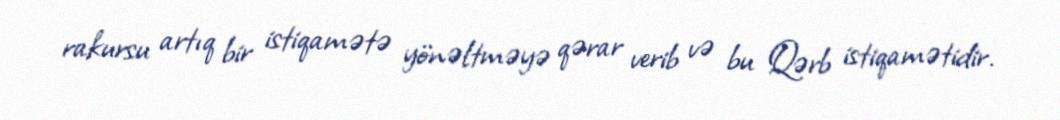
rakursu artıq bir istiqamətə yönəltməyə qərar verib və bu Qərb istiqamətidir.